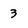
Character: 3